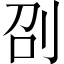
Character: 刟